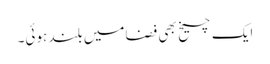
ایک چیخ بھی فضامیں بلند ہوئی۔